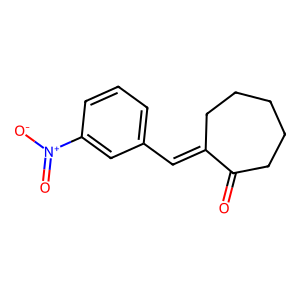
SMILES: O=C1CCCCCC1=Cc1cccc([N+](=O)[O-])c1
Inhibits HIV replication: No